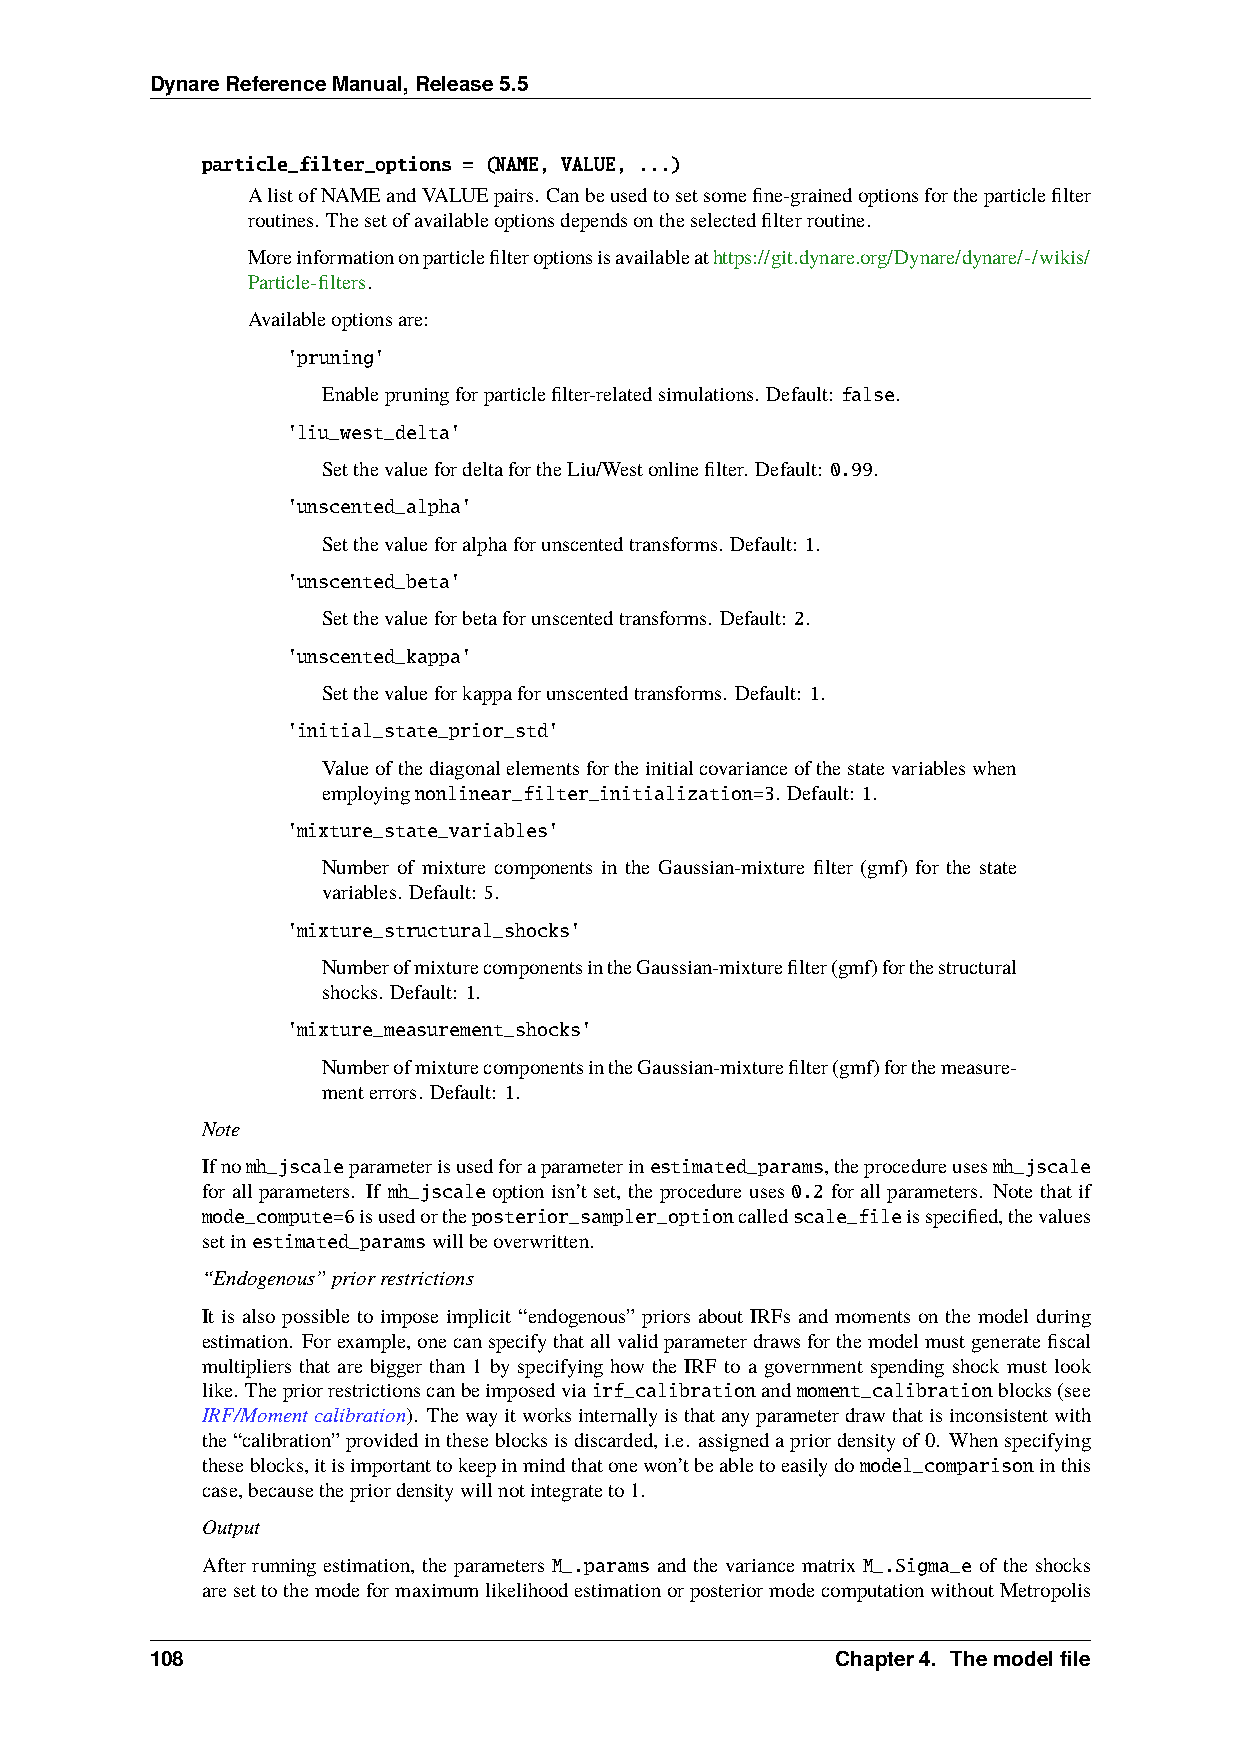
DynareReferenceManual,Release5.5
 particle_filter_options = (NAME, VALUE, ...)
 AlistofNAMEandVALUEpairs. Canbeusedtosetsomefine-grainedoptionsfortheparticlefilter
 routines. Thesetofavailableoptionsdependsontheselectedfilterroutine.
 Moreinformationonparticlefilteroptionsisavailableathttps://git.dynare.org/Dynare/dynare/-/wikis/
 Particle-filters.
 Availableoptionsare:
 'pruning'
 Enablepruningforparticlefilter-relatedsimulations. Default: false.
 'liu_west_delta'
 SetthevaluefordeltafortheLiu/Westonlinefilter. Default: 0.99.
 'unscented_alpha'
 Setthevalueforalphaforunscentedtransforms. Default: 1.
 'unscented_beta'
 Setthevalueforbetaforunscentedtransforms. Default: 2.
 'unscented_kappa'
 Setthevalueforkappaforunscentedtransforms. Default: 1.
 'initial_state_prior_std'
 Valueofthediagonalelementsfortheinitialcovarianceofthestatevariableswhen
 employingnonlinear_filter_initialization=3. Default: 1.
 'mixture_state_variables'
 Number of mixture components in the Gaussian-mixture filter (gmf) for the state
 variables. Default: 5.
 'mixture_structural_shocks'
 NumberofmixturecomponentsintheGaussian-mixturefilter(gmf)forthestructural
 shocks. Default: 1.
 'mixture_measurement_shocks'
 NumberofmixturecomponentsintheGaussian-mixturefilter(gmf)forthemeasure-
 menterrors. Default: 1.
 Note
 Ifnomh_jscaleparameterisusedforaparameterinestimated_params,theprocedureusesmh_jscale
 for all parameters. If mh_jscale option isn’t set, the procedure uses 0.2 for all parameters. Note that if
 mode_compute=6isusedortheposterior_sampler_optioncalledscale_fileisspecified,thevalues
 setinestimated_paramswillbeoverwritten.
 “Endogenous”priorrestrictions
 It is also possible to impose implicit “endogenous” priors about IRFs and moments on the model during
 estimation. Forexample,onecanspecifythatallvalidparameterdrawsforthemodelmustgeneratefiscal
 multipliers that are bigger than 1 by specifying how the IRF to a government spending shock must look
 like. Thepriorrestrictionscanbeimposedviairf_calibrationandmoment_calibrationblocks(see
 IRF/Momentcalibration). Thewayitworksinternallyisthatanyparameterdrawthatisinconsistentwith
 the“calibration”providedintheseblocksisdiscarded,i.e. assignedapriordensityof0. Whenspecifying
 theseblocks,itisimportanttokeepinmindthatonewon’tbeabletoeasilydomodel_comparisoninthis
 case,becausethepriordensitywillnotintegrateto1.
 Output
 After running estimation, the parameters M_.params and the variance matrix M_.Sigma_e of the shocks
 aresettothemodeformaximumlikelihoodestimationorposteriormodecomputationwithoutMetropolis
 108                                          Chapter4. Themodelfile